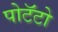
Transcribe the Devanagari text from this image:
पोटॅटो